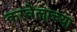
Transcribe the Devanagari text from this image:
करवेलाच्या